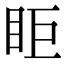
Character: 𥄷